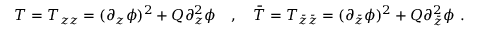
T = T _ { z z } = ( \partial _ { z } \phi ) ^ { 2 } + Q \partial _ { z } ^ { 2 } \phi \quad , \quad { \bar { T } } = T _ { { \bar { z } } { \bar { z } } } = ( \partial _ { \bar { z } } \phi ) ^ { 2 } + Q \partial _ { \bar { z } } ^ { 2 } \phi \ .